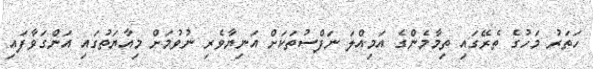
ހަތަރު މަހުގެ ތެރޭގައި ތިމާމެންގެ އަމިއްލަ ނަފްސުތަކަށް އަނިޔާވެރި ނުވުމަށް މިއާޔަތުގައި އަންގަވާފައި